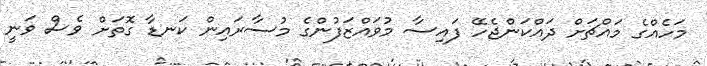
މަހެއްގެ މައްޗަށް ދައްކަންޖެހޭ ފައިސާ މުވައްޒަފުންގެ މުސާރައިން ކަނޑާ ގޮތަށް ވެސް ވަނީ